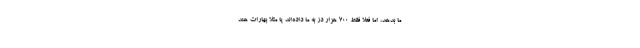
ما بدهد، اما فعلا فقط ۷۰۰ هزار دُز به ما داده‌اند یا مثلا بهارات هند